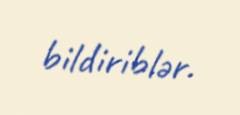
bildiriblər.